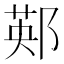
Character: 䣐